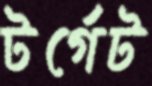
টর্গেট